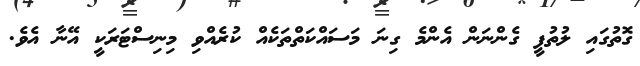
ގޮތުގައި ލުތުފީ ގެންނަން އެންމެ ގިނަ މަސައްކަތްތަކެއް ކުރެއްވި މިނިސްޓަރަކީ އޭނާ އެވެ.